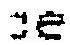
OE